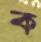
ক